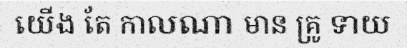
យើង តែ កាលណា មាន គ្រូ ទាយ